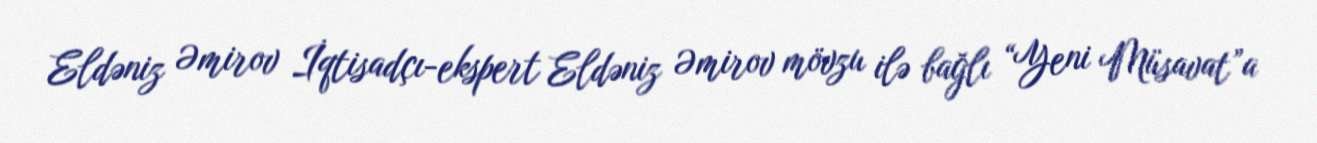
Eldəniz Əmirov İqtisadçı-ekspert Eldəniz Əmirov mövzu ilə bağlı “Yeni Müsavat”a